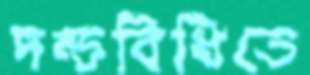
দন্ডবিধিতে